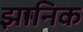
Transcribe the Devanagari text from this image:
झानिक